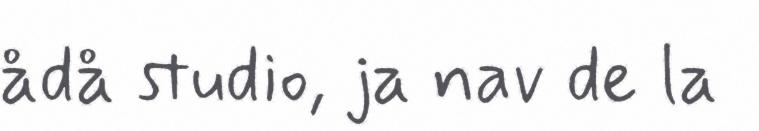
ådå studio, ja nav de la